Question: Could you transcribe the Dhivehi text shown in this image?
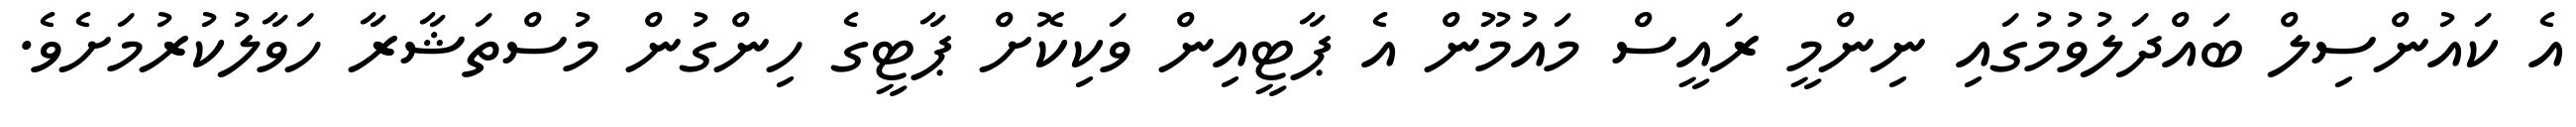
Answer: އެ ކައުންސިލް ބައްދަލުވުމުގައި ނިންމީ ރައީސް މައުމޫން އެ ޕާޓީއިން ވަކިކޮށް ޕާޓީގެ ހިންގުން މުސްތަޝާރާ ހަވާލުކުރުމަށެވެ.